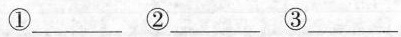
①___②___③___